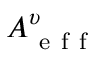
A _ { \mathrm { ~ e ~ f ~ f ~ } } ^ { \upsilon }